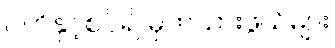
ဂတိနှင့်စပ်၍ မှတ်သားဖွယ်များ